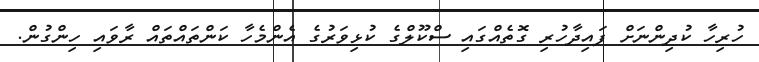
ހުރިހާ ކުދިންނަށް ފައިދާހުރި ގޮތެއްގައި ސްކޫލްގެ ކުޅިވަރުގެ އެންމެހާ ކަންތައްތައް ރާވައި ހިންގުން.